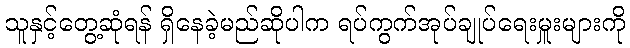
သူနှင့်တွေ့ဆုံရန် ရှိနေခဲ့မည်ဆိုပါက ရပ်ကွက်အုပ်ချုပ်ရေးမှူးများကို